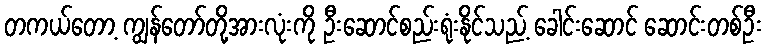
တကယ်တော့ ကျွန်တော်တို့အားလုံးကို ဦးဆောင်စည်းရုံးနိုင်သည့် ခေါင်းဆောင် ဆောင်းတစ်ဦး